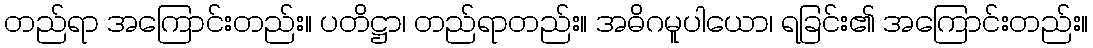
တည်ရာ အကြောင်းတည်း။ ပတိဋ္ဌာ၊ တည်ရာတည်း။ အဓိဂမူပါယော၊ ရခြင်း၏ အကြောင်းတည်း။